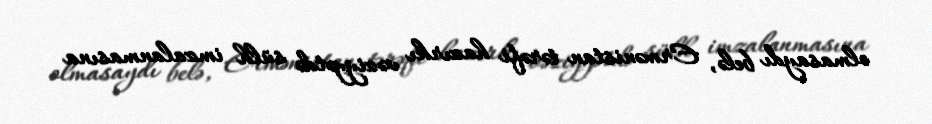
olmasaydı belə, Ermənistan tərəfi hazırkı vəziyyətdə sülh imzalanmasına